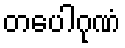
တပေါဂုဏံ